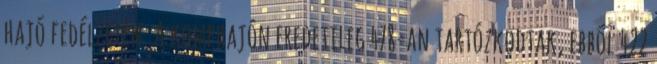
hajó fedélzetén. A komphajón eredetileg 478-an tartózkodtak, ebből 422